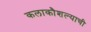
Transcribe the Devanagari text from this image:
कलाकौशल्याची